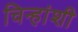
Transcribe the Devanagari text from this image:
चिन्हांशी